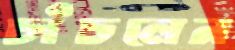
চাঁচলেন